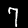
Label: 7